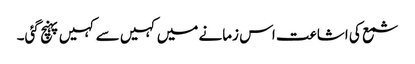
شمع کی اشاعت اس زمانے میں کہیں سے کہیں پہنچ گئی۔